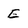
Character: E